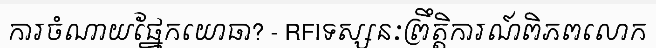
ការចំណាយផ្នែកយោធា? - RFIទស្សនៈព្រឹត្តិការណ៍ពិភពលោក